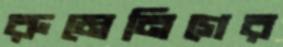
রুমেনিগের